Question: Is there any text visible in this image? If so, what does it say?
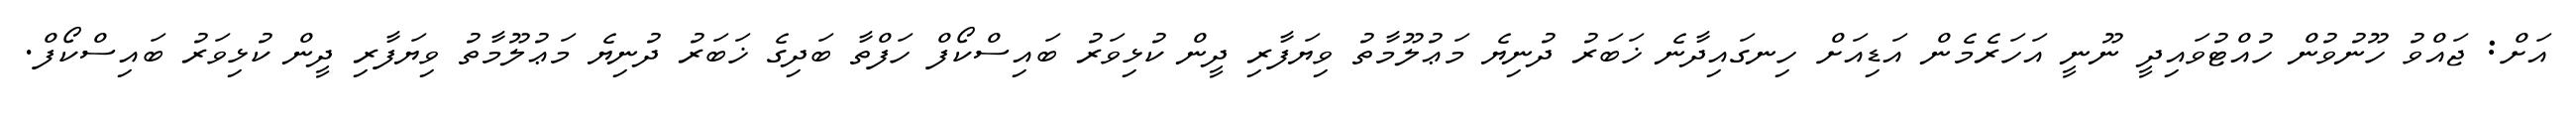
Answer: އަށް: ޖައްވު ހޫނުވުން ހުއްޓުވައިދީ ނޫނީ އަހަރެމެން އަޑިއަށް ހިނގައިދާނެ ޚަބަރު ދުނިޔެ މަޢުލޫމާތު ވިޔަފާރި ދީން ކުޅިވަރު ބައިސްކޯފް ހަފްތާ ބަދިގެ ޚަބަރު ދުނިޔެ މަޢުލޫމާތު ވިޔަފާރި ދީން ކުޅިވަރު ބައިސްކޯފް.